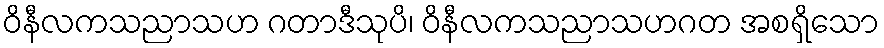
ဝိနီလကသညာသဟ ဂတာဒီသုပိ၊ ဝိနီလကသညာသဟဂတ အစရှိသော